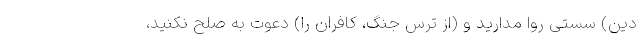
دین) سستی روا مدارید و (از ترس جنگ، کافران را) دعوت به صلح نکنید،